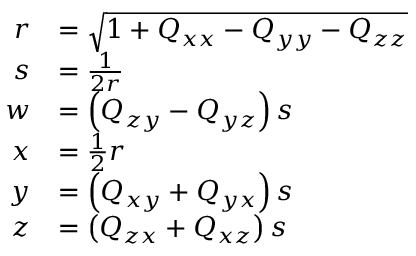
{ \begin{array} { r l } { r } & { = { \sqrt { 1 + Q _ { x x } - Q _ { y y } - Q _ { z z } } } } \\ { s } & { = { \frac { 1 } { 2 r } } } \\ { w } & { = \left( Q _ { z y } - Q _ { y z } \right) s } \\ { x } & { = { \frac { 1 } { 2 } } r } \\ { y } & { = \left( Q _ { x y } + Q _ { y x } \right) s } \\ { z } & { = \left( Q _ { z x } + Q _ { x z } \right) s } \end{array} }